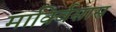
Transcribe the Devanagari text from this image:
मार्क्विसास